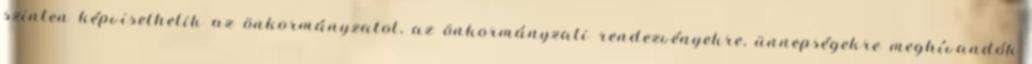
szinten képviselhetik az önkormányzatot, az önkormányzati rendezvényekre, ünnepségekre meghívandók